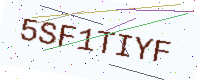
Text: 5SF1TIYF